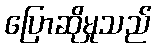
ပြောဆိုမှုသည်